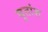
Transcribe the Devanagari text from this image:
घृतांश